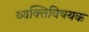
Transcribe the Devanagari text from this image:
व्यक्तिविषयक